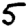
Digit: 5